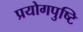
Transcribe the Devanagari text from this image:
प्रयोगपुष्टि